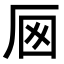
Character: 𠩌